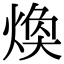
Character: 焕